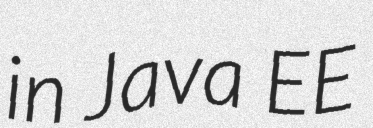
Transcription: in Java EE